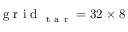
\mathrm { ~ g ~ r ~ i ~ d ~ } _ { \mathrm { ~ t ~ a ~ r ~ } } = 3 2 \times 8